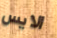
الايس